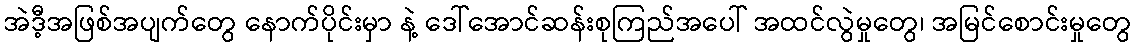
အဲဒီ့အဖြစ်အပျက်တွေ နောက်ပိုင်းမှာ နဲ့ ဒေါ်အောင်ဆန်းစုကြည်အပေါ် အထင်လွဲမှုတွေ၊ အမြင်စောင်းမှုတွေ